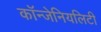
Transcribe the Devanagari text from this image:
कॉन्जेनियलिटी